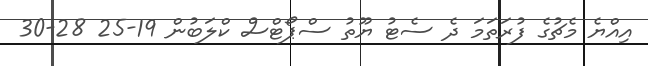
އިއްޔެ މެޗުގެ ފުރަތަމަ ދެ ސެޓު ޔޫތު ސްޕޯޓްސް ކްލަބުން 19-25 28-30